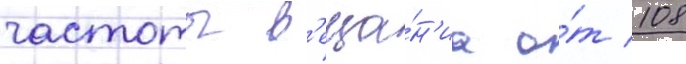
частоты в'еща́н'иа о́т 108